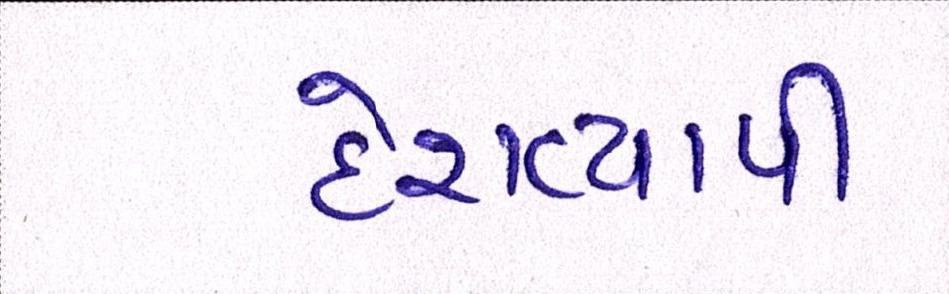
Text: દેશવ્યાપી